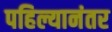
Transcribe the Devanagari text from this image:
पहिल्यानंतर